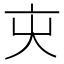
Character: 㐪